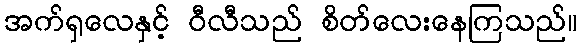
အက်ရှလေနှင့် ဝီလီသည် စိတ်လေးနေကြသည်။